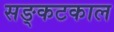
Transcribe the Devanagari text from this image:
सङ्कटकाल